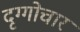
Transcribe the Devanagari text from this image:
दृग्गोचार